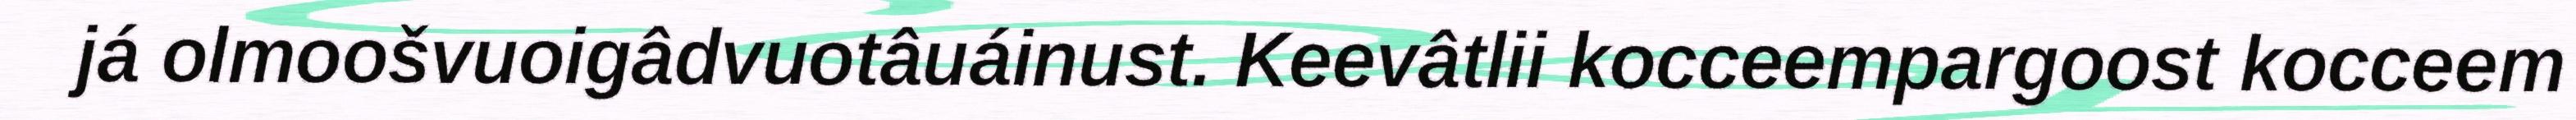
já olmoošvuoigâdvuotâuáinust. Keevâtlii kocceempargoost kocceem